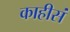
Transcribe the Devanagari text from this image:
काहीसं